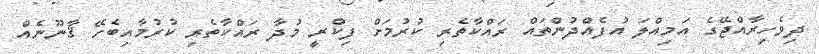
ދިވެހިރާއްޖޭގެ އަމިއްލަ އުފެއްދުންތައް ރައްކާތެރި ކުރުމަށް ފިކްރީ މުދާ ރައްކާތެރި ކުރުމާއިބެހޭ ޤާނޫނެއް